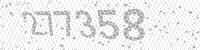
Solution: 277358